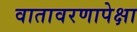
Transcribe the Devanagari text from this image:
वातावरणापेक्षा